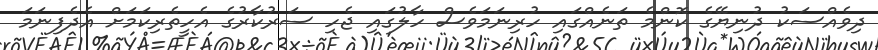
ދިވެއްސަކު ދުނިޔޭގެ ކޮންމެ ތަނެއްގައި ހުރިނަމަވެސް ހާލުގައި ޖެހި ސަރުކާރުގެ އެހީތެރިކަމަށް އެދެފިނަމަ